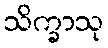
သိက္ခာသု